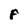
Character: p